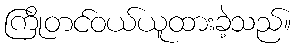
ကြိုတင်ဝယ်ယူထားခဲ့သည်။